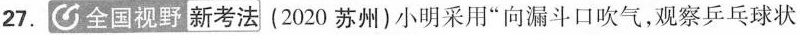
27.全国视野新考法（2020苏州)小明采用“向漏斗口吹气,观察乒乓球状